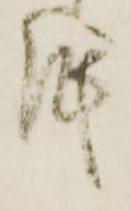
紙